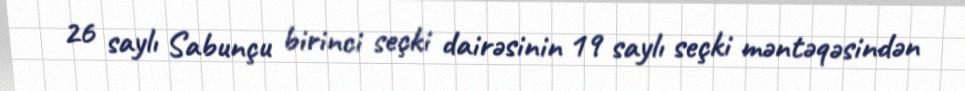
26 saylı Sabunçu birinci seçki dairəsinin 19 saylı seçki məntəqəsindən